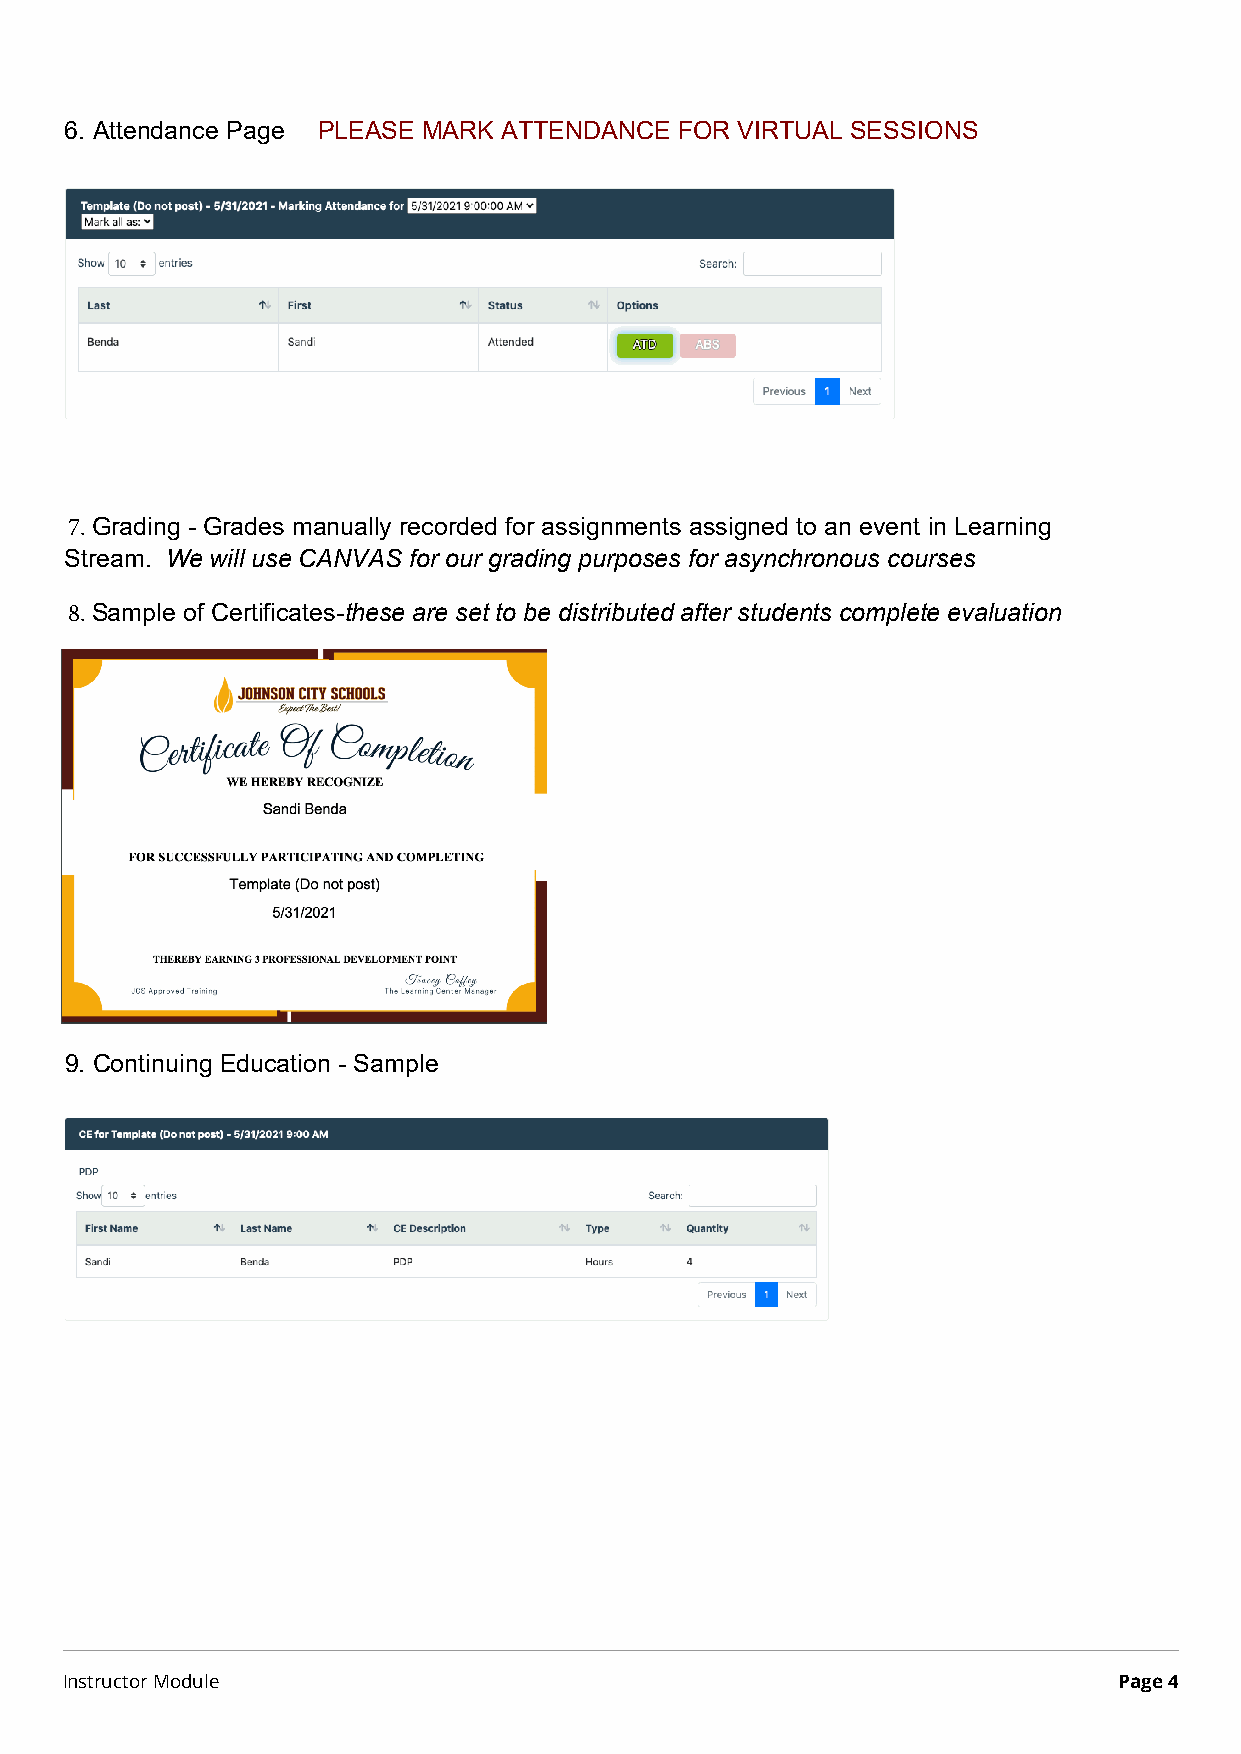
6. Attendance Page PLEASE MARK ATTENDANCE FOR VIRTUAL SESSIONS
 7. Grading - Grades manually recorded for assignments assigned to an event in Learning
 Stream. We will use CANVAS for our grading purposes for asynchronous courses
 8. Sample of Certificates-these are set to be distributed after students complete evaluation
 9. Continuing Education - Sample
 Instructor Module                                                     Page 4